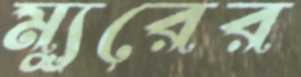
ম্যুরের